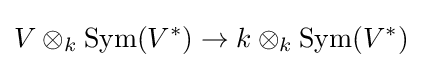
V\otimes _{k}\operatorname {Sym} (V^{*})\to k\otimes _{k}\operatorname {Sym} (V^{*})